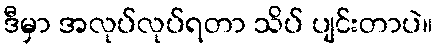
ဒီမှာ အလုပ်လုပ်ရတာ သိပ် ပျင်းတာပဲ။